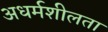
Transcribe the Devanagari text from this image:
अधर्मशीलता